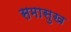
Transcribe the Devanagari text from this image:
समासुख